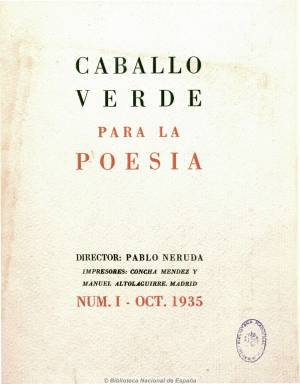
Título: Caballo verde para la poesía
Colección: Literatura
Ámbito geográfico: Madrid
Lugar de publicación: Madrid
Fechas: 01/10/1935-31/01/1936

Revista exclusivamente poética editada e impresa por Concha Méndez (1898-1986) y su marido, Manuel Altolaguirre (1905-1959), quienes entregan su dirección a Pablo Neruda (1904-1973), elevándose como la exponente de la llamada poesía “impura” en contraste con la juanramoniana revista quincenal Nueva poesía (Sevilla: 1935-1936). El poeta chileno, que abrirá cada número con un texto en prosa a modo de prólogo, dará cabida en ella tanto a autores españoles, como hispanoamericanos y europeos, pertenecientes o relacionados con la generación del 27, además de otros más jóvenes, provenientes de diferentes tendencias, observándose en sus composiciones un marcado carácter surrealista.

Con un cuidado diseño y tipografía a diferentes tintas y cosida a mano, su pluralidad se refleja en los poetas españoles que en ella publican, como Vicente Aleixandre (1898-1984), Federico García Lorca (1898-1936), Jorge Guillén (1893-1984), Miguel Hernández (1910-1942) o Leopoldo Panero (1909-1962). Con ilustraciones de José Caballero (1916-1991).

De carácter mensual, apenas superando las 20 páginas, editó sólo cuatro números, y el siguiente que iba a ser doble (5-6) se llegó a imprimir y a falta de doblar los pliegos no llegó a ser cosido al estallar la guerra civil el 18 de julio de 1936 y nadie ha visto sus páginas. En la colección de la Biblioteca Nacional falta el número 3, correspondiente a diciembre de 1935. Fue reproducida en facsímil en una edición de 1974, a cargo de J. Lechner.

[Descripción modificada el 13/07/2021]